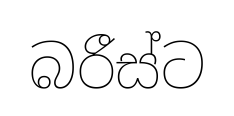
බරීස්ට